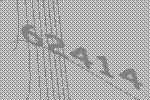
62414